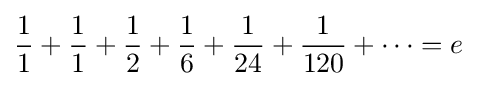
{\frac {1}{1}}+{\frac {1}{1}}+{\frac {1}{2}}+{\frac {1}{6}}+{\frac {1}{24}}+{\frac {1}{120}}+\cdots =e